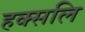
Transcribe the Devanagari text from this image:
हक्सलि